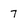
Character: 7